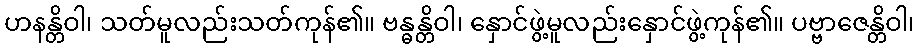
ဟနန္တိဝါ၊ သတ်မူလည်းသတ်ကုန်၏။ ဗန္ဓန္တိဝါ၊ နှောင်ဖွဲ့မူလည်းနှောင်ဖွဲ့ကုန်၏။ ပဗ္ဗာဇေန္တိဝါ၊